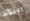
الثلاث